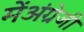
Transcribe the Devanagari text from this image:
मेंअंग्रेजी